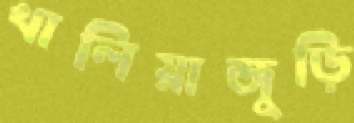
খালিয়াজুড়ি